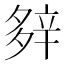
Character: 𨐔